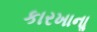
કારખાનાૢ